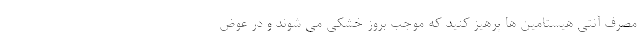
مصرف آنتی هیستامین ها پرهیز کنید که موجب بروز خشکی می شوند و در عوض